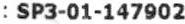
: SP3-01-147902